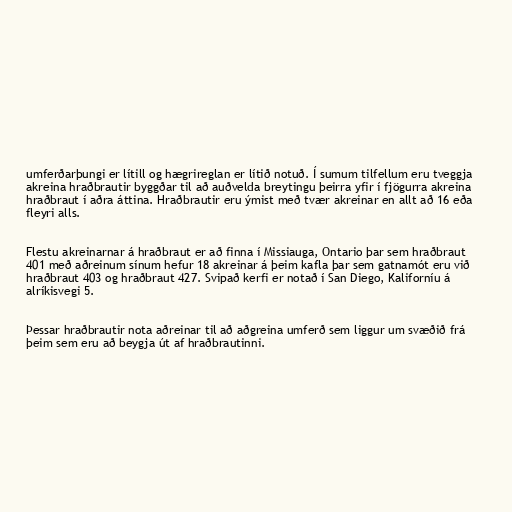
umferðarþungi er lítill og hægrireglan er lítið notuð. Í sumum tilfellum eru tveggja
akreina hraðbrautir byggðar til að auðvelda breytingu þeirra yfir í fjögurra akreina
hraðbraut í aðra áttina. Hraðbrautir eru ýmist með tvær akreinar en allt að 16 eða
fleyri alls.

Flestu akreinarnar á hraðbraut er að finna í Missiauga, Ontario þar sem hraðbraut
401 með aðreinum sínum hefur 18 akreinar á þeim kafla þar sem gatnamót eru við
hraðbraut 403 og hraðbraut 427. Svipað kerfi er notað í San Diego, Kaliforníu á
alríkisvegi 5.

Þessar hraðbrautir nota aðreinar til að aðgreina umferð sem liggur um svæðið frá
þeim sem eru að beygja út af hraðbrautinni.